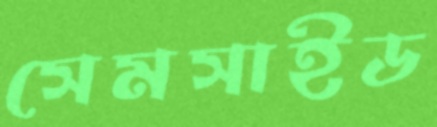
সেমসাইড